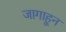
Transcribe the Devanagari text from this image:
जागाहून